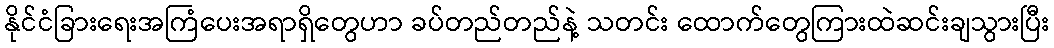
နိုင်ငံခြားရေးအကြံပေးအရာရှိတွေဟာ ခပ်တည်တည်နဲ့ သတင်း ထောက်တွေကြားထဲဆင်းချသွားပြီး